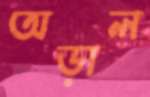
অড়াল